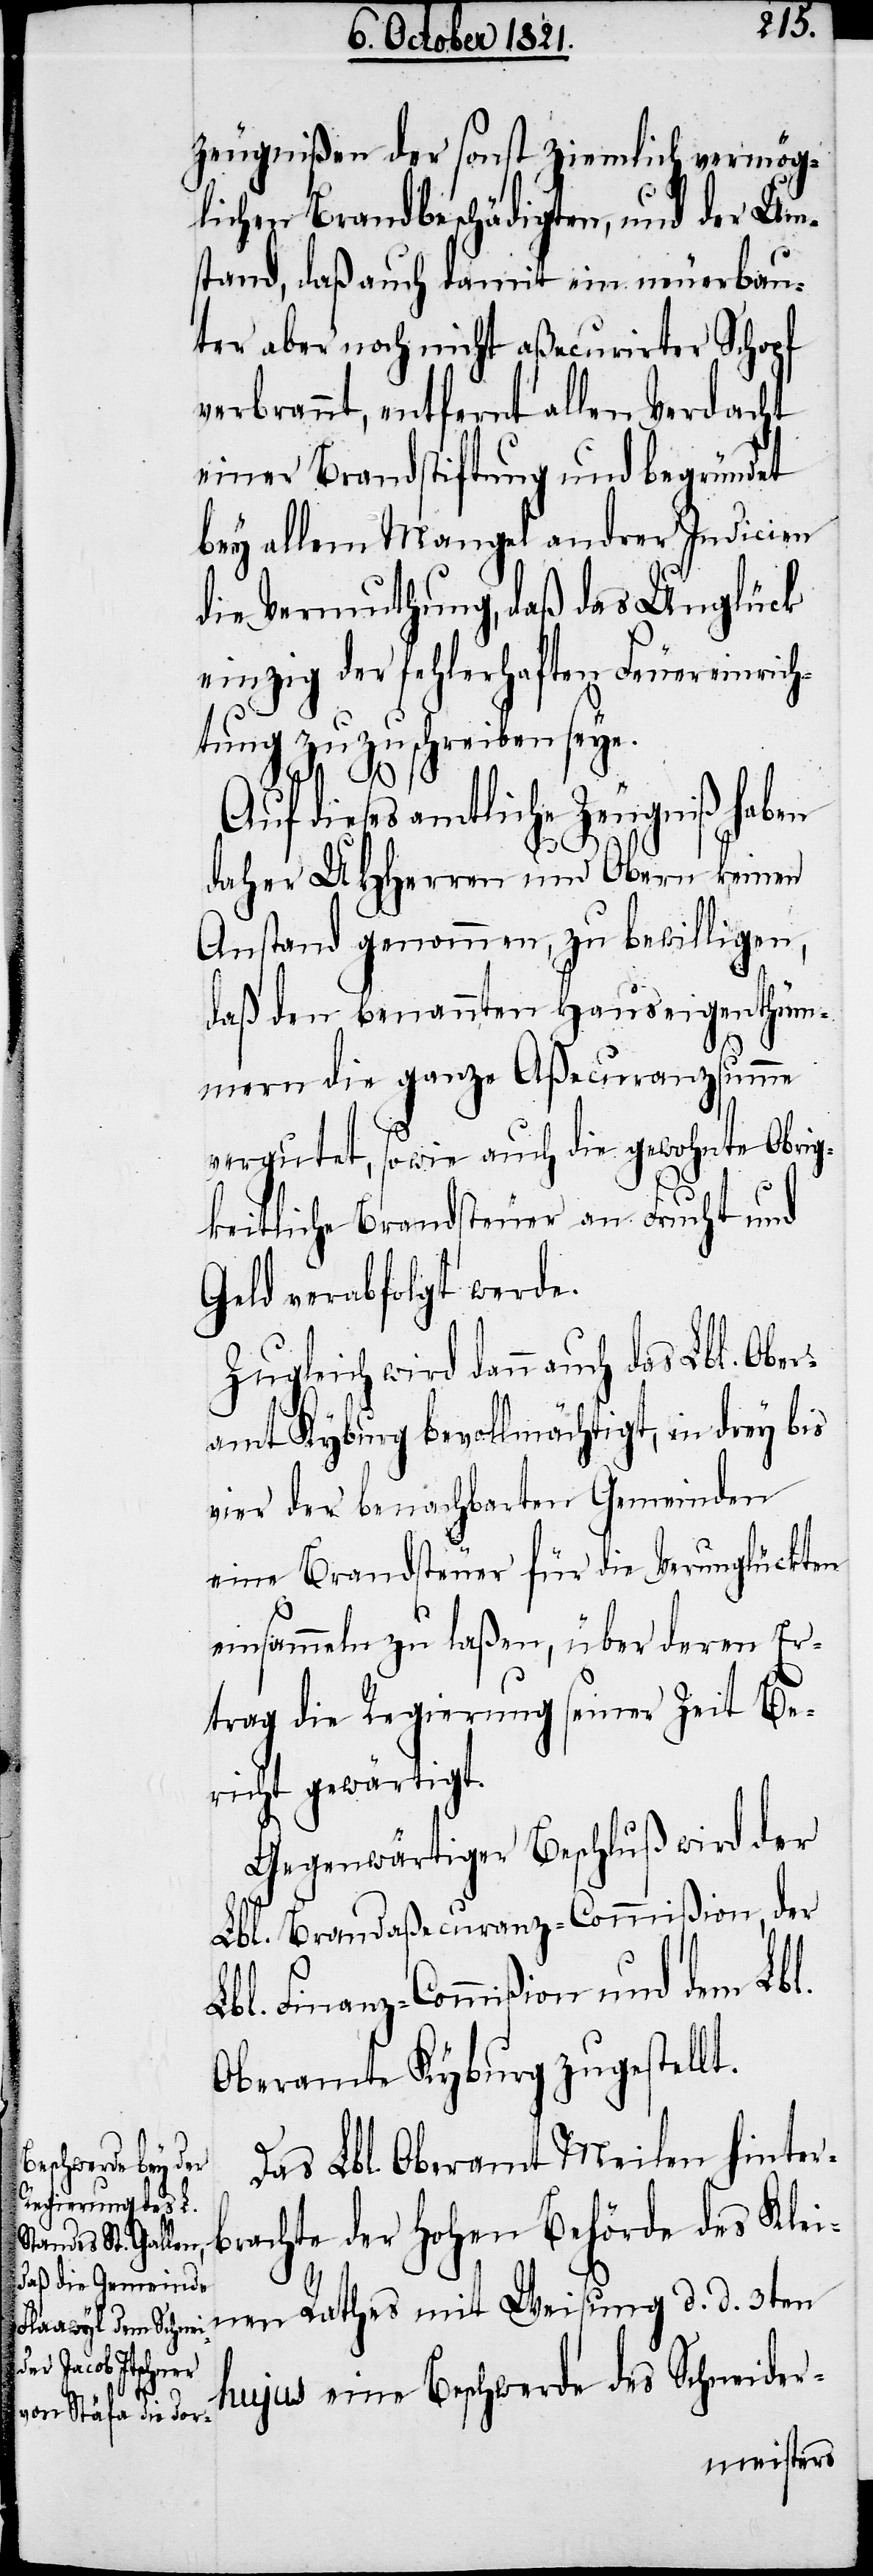
zeugnißen der sonst ziemlich vermög¬
lichen Brandbeschädigten, und der Um¬
stand, daß auch damit ein neuerbau¬
ter aber noch nicht aßecurirter Schopf
verbrannt, entfernt allen Verdacht
einer Brandstiftung und begründet
bey allem Mangel andrer Indicien
die Vermuthung, daß das Unglück
einzig der fehlerhaften Feuereinrich¬
tung zuzuschreiben seye.
Auf dieses amtliche Zeugniß haben
daher UHHerren und Obern keinen
Anstand genommen, zu bewilligen,
daß den benannten Hauseigenthüm¬
ern die ganze Aßecuranzsumme
vergütet, sowie auch die gewohnte Obrig¬
keitliche Brandsteuer an Frucht und
Geld verabfolgt werde.
Zugleich wird dann auch das Lbl. Ober¬
amt Kyburg bevollmächtigt, in drey bis
vier benachbarten Gemeinden
eine Brandsteuer für die Verunglückten
einsammeln zu laßen, über deren Er¬
trag die Regierung seiner Zeit Be¬
richt gewärtigt.
Gegenwärtiger Beschluß wird der
Lbl. Brandaßecuranz-Commißion, der
Lbl. Finanz-Commißion und dem
Oberamte Kyburg zugestellt.
Das Lbl. Oberamt Meilen hinter¬
brachte der hohen Behörde des Klei¬
nen Rathes mit Weisung d. d. 3ten
hujus eine Beschwerde des Schneider-